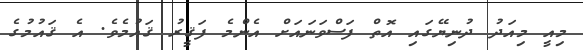
މިއީ މިއަދު ދުނިޔޭގައި އޮތް ފަސްވަނައަށް އެންމެ ފަޤީރު ޤައުމެވެ. އެ ޤައުމުގެ